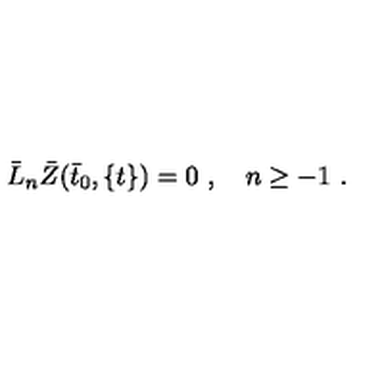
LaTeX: { \bar { L } } _ { n } { \bar { Z } } ( { \bar { t } } _ { 0 } , \{ t \} ) = 0 \ , \quad n \ge - 1 \ .